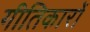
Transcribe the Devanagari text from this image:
गीतिकारों